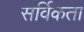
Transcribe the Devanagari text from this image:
सर्विकता